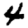
Digit: 4